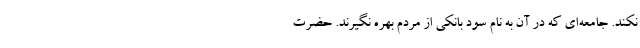
نکند. جامعه‌ای که در آن به نام سود بانکی از مردم بهره نگیرند. حضرت